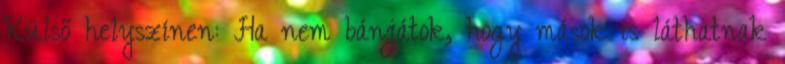
Külső helyszínen: Ha nem bánjátok, hogy mások is láthatnak